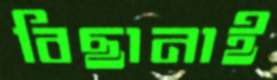
বিছানাই